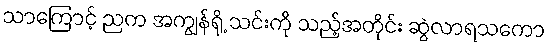
သာကြောင့် ညက အကျွန်ရို့ သင်းကို သည့်အတိုင်း ဆွဲလာရသကော